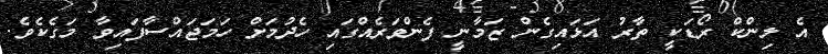
އެ ލިންކް ރޯޑަކީ ތާރު އަޅައިގެން ޒަމާނީ ފެންވަރެއްގައި ހެދުމަށް ހަމަޖައްސާފައިވާ މަގެކެވެ.